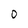
Character: 0